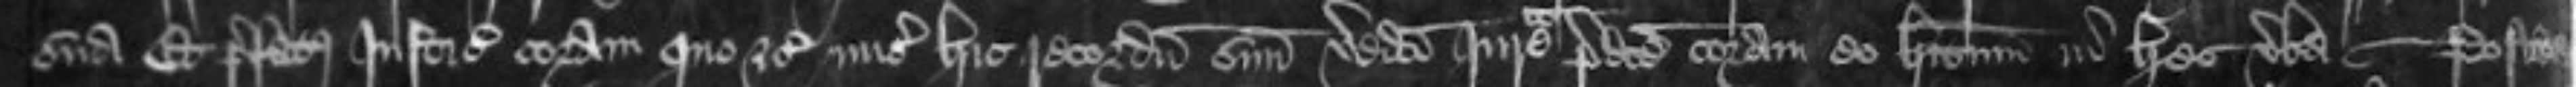
sua Et prefatus Justiciarius coram quo etc misit hic recordum suum veredicti Jurate predicte coram eo habitum in hec verba -- Postea